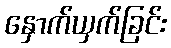
နှောက်ယှက်ခြင်း